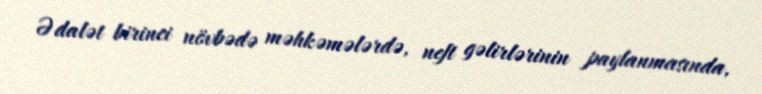
Ədalət birinci növbədə məhkəmələrdə, neft gəlirlərinin paylanmasında,